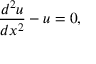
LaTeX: { \frac { d ^ { 2 } u } { d x ^ { 2 } } } - u = 0 ,